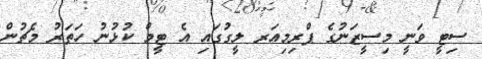
ސިޓީ ވަނީ މިސީޒަނުގެ ޕްރިމިއަރ ލީގުގައި އެ ޓީމް ކުޅުނު ހަތަރު މެޗުން